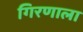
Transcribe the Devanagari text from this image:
गिरणाला